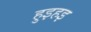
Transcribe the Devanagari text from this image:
हुइहइ